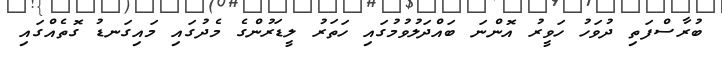
ބުރާސްފަތި ދުވަހު ހަވީރު އޮންނަ ބައްދަލުވުމުގައި ހަތަރު ލީޑަރުންގެ މެދުގައި މައިގަނޑު ގޮތެއްގައި